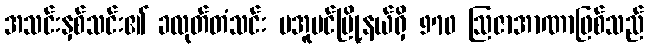
အသင်းနှစ်သင်း၏ ခလုတ်တံသင်း မအူပင်မြို့နယ်ရှိ 970 ဩဇာအာဏာဖြစ်သည်